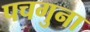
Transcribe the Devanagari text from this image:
पचगुना